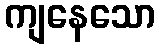
ကျနေသော